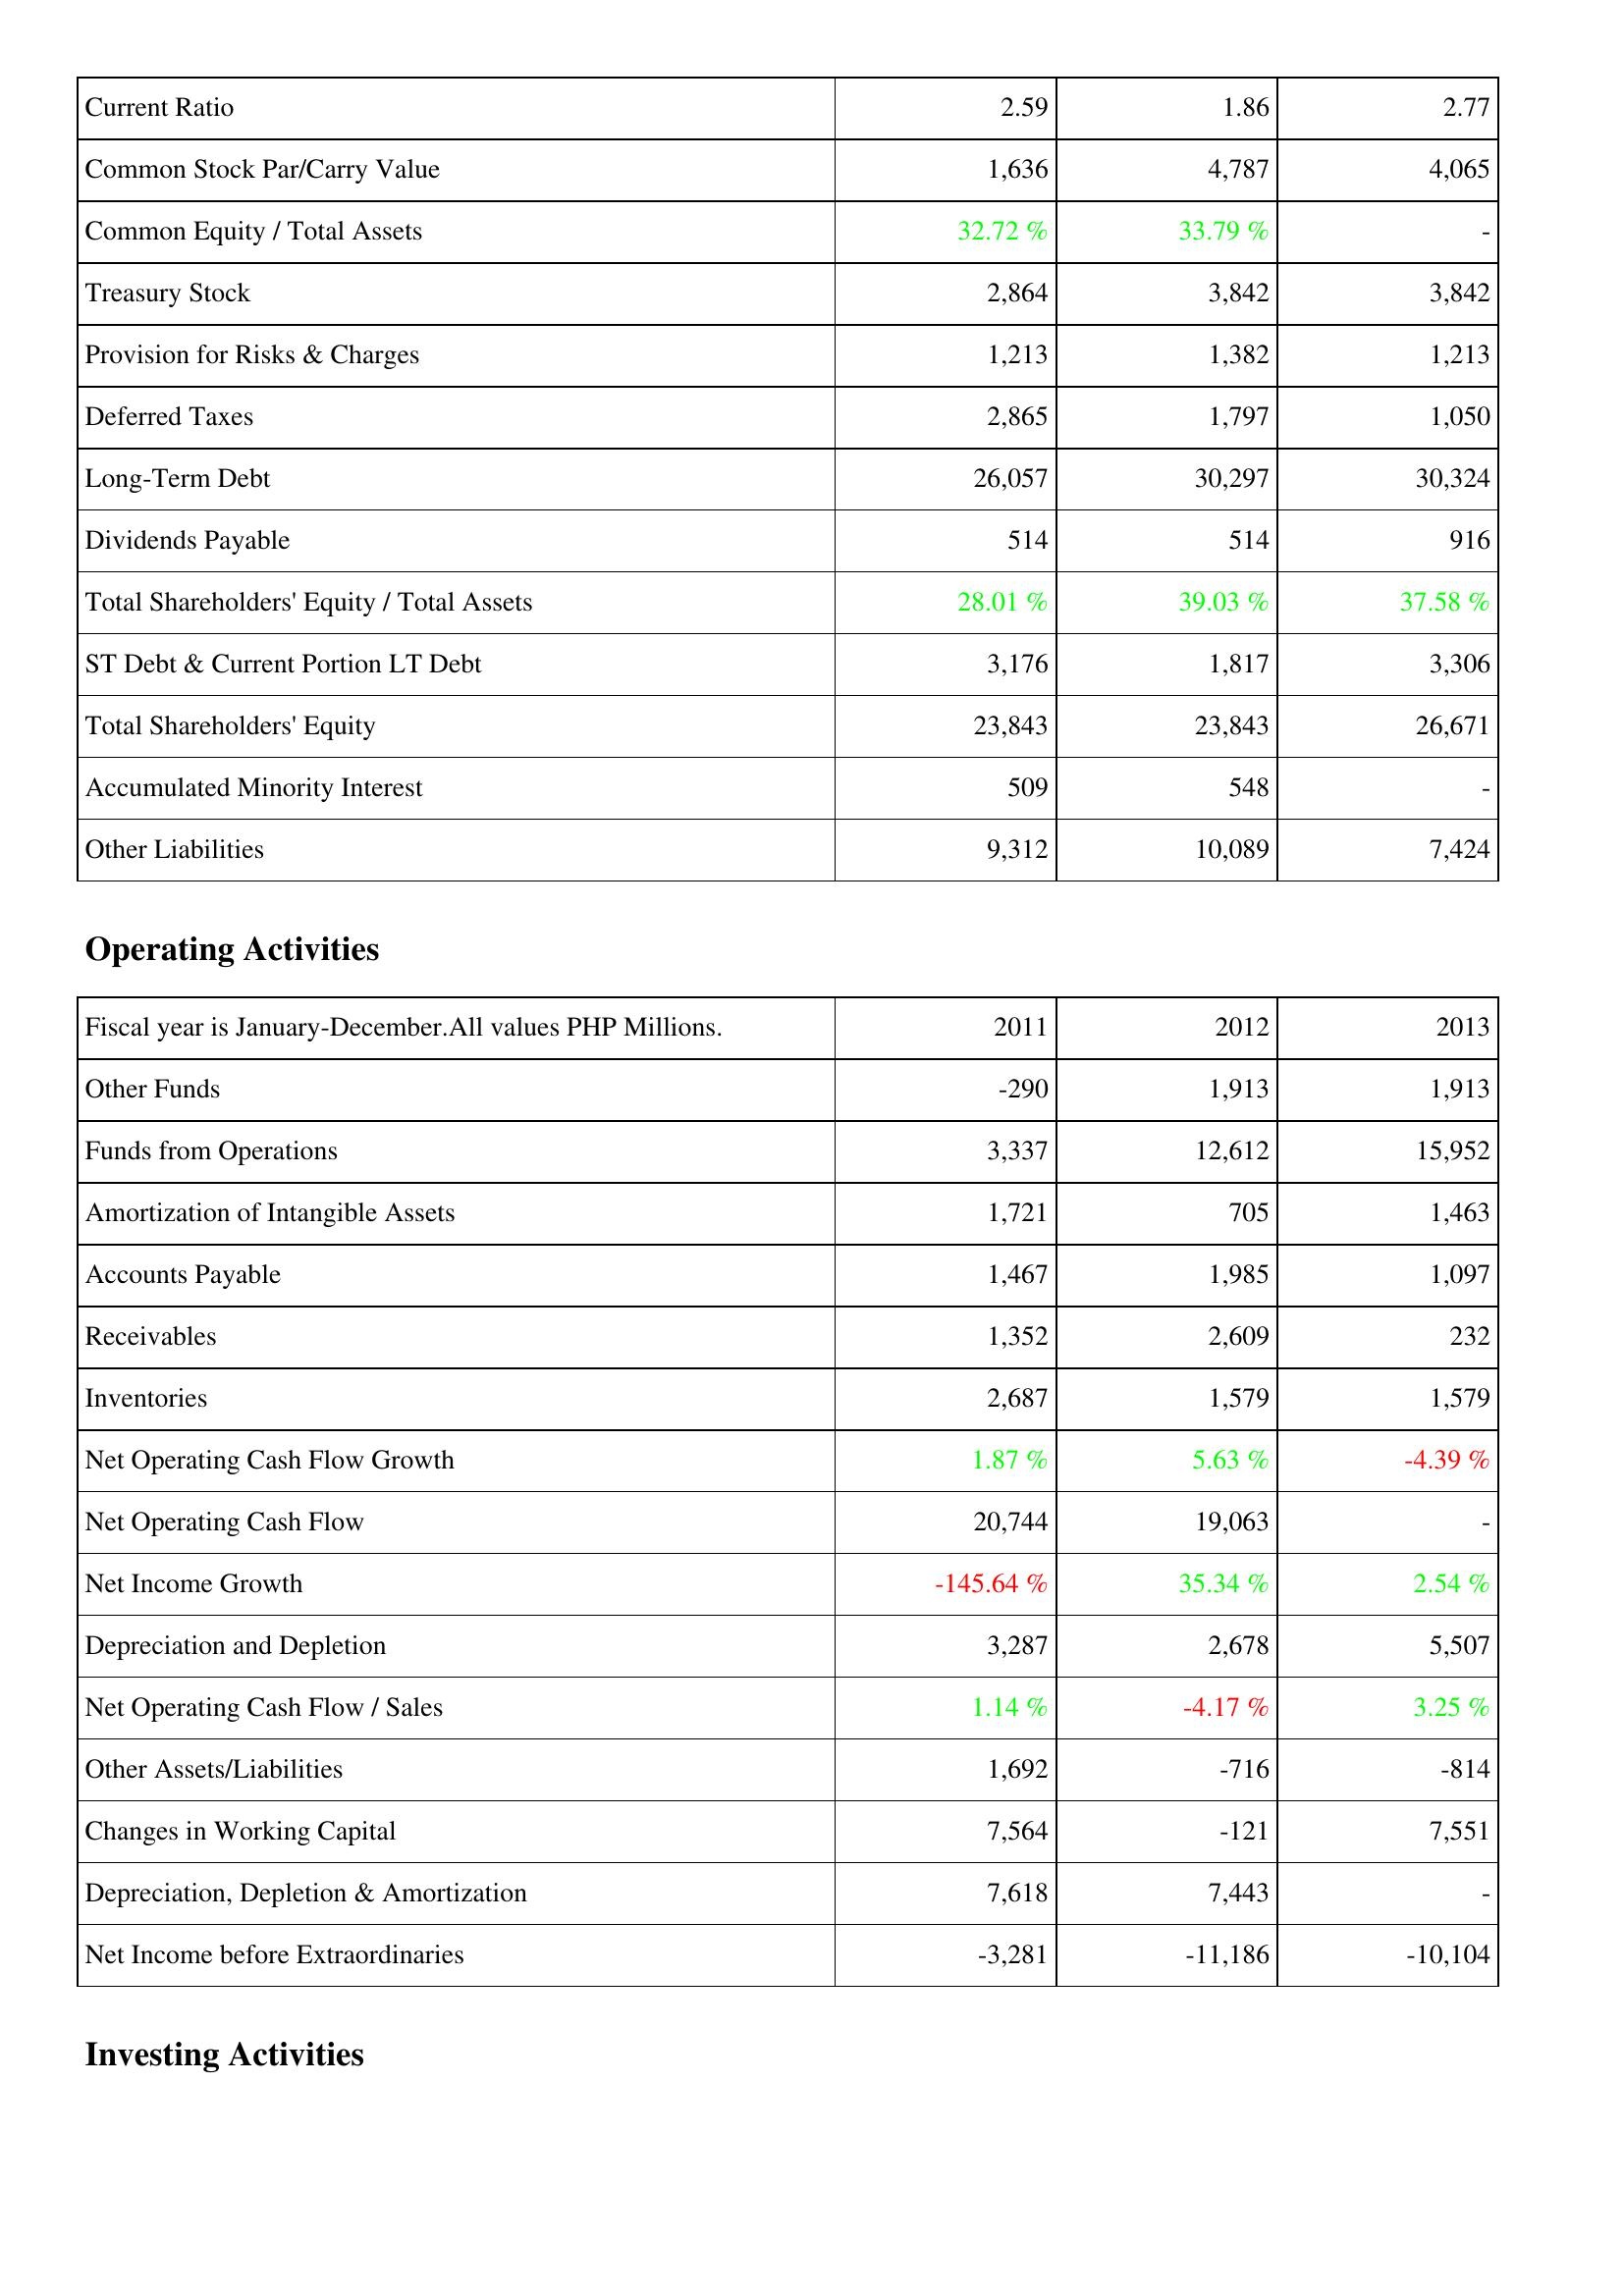
2011: Liabilities & Shareholders' Equity: Current Ratio: 2.59
Common Stock Par/Carry Value: 1,636
Common Equity / Total Assets: 32.72 %
Treasury Stock: 2,864
Provision for Risks & Charges: 1,213
Deferred Taxes: 2,865
Long-Term Debt: 26,057
Dividends Payable: 514
Total Shareholders' Equity / Total Assets: 28.01 %
ST Debt & Current Portion LT Debt: 3,176
Total Shareholders' Equity: 23,843
Accumulated Minority Interest: 509
Other Liabilities: 9,312
Operating Activities: Other Funds: -290
Funds from Operations: 3,337
Amortization of Intangible Assets: 1,721
Accounts Payable: 1,467
Receivables: 1,352
Inventories: 2,687
Net Operating Cash Flow Growth: 1.87 %
Net Operating Cash Flow: 20,744
Net Income Growth: -145.64 %
Depreciation and Depletion: 3,287
Net Operating Cash Flow / Sales: 1.14 %
Other Assets/Liabilities: 1,692
Changes in Working Capital: 7,564
Depreciation, Depletion & Amortization: 7,618
Net Income before Extraordinaries: -3,281
2012: Liabilities & Shareholders' Equity: Current Ratio: 1.86
Common Stock Par/Carry Value: 4,787
Common Equity / Total Assets: 33.79 %
Treasury Stock: 3,842
Provision for Risks & Charges: 1,382
Deferred Taxes: 1,797
Long-Term Debt: 30,297
Dividends Payable: 514
Total Shareholders' Equity / Total Assets: 39.03 %
ST Debt & Current Portion LT Debt: 1,817
Total Shareholders' Equity: 23,843
Accumulated Minority Interest: 548
Other Liabilities: 10,089
Operating Activities: Other Funds: 1,913
Funds from Operations: 12,612
Amortization of Intangible Assets: 705
Accounts Payable: 1,985
Receivables: 2,609
Inventories: 1,579
Net Operating Cash Flow Growth: 5.63 %
Net Operating Cash Flow: 19,063
Net Income Growth: 35.34 %
Depreciation and Depletion: 2,678
Net Operating Cash Flow / Sales: -4.17 %
Other Assets/Liabilities: -716
Changes in Working Capital: -121
Depreciation, Depletion & Amortization: 7,443
Net Income before Extraordinaries: -11,186
2013: Liabilities & Shareholders' Equity: Current Ratio: 2.77
Common Stock Par/Carry Value: 4,065
Common Equity / Total Assets: -
Treasury Stock: 3,842
Provision for Risks & Charges: 1,213
Deferred Taxes: 1,050
Long-Term Debt: 30,324
Dividends Payable: 916
Total Shareholders' Equity / Total Assets: 37.58 %
ST Debt & Current Portion LT Debt: 3,306
Total Shareholders' Equity: 26,671
Accumulated Minority Interest: -
Other Liabilities: 7,424
Operating Activities: Other Funds: 1,913
Funds from Operations: 15,952
Amortization of Intangible Assets: 1,463
Accounts Payable: 1,097
Receivables: 232
Inventories: 1,579
Net Operating Cash Flow Growth: -4.39 %
Net Operating Cash Flow: -
Net Income Growth: 2.54 %
Depreciation and Depletion: 5,507
Net Operating Cash Flow / Sales: 3.25 %
Other Assets/Liabilities: -814
Changes in Working Capital: 7,551
Depreciation, Depletion & Amortization: -
Net Income before Extraordinaries: -10,104